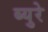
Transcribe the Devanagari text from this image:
ब्युरे